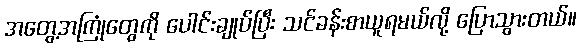
အတွေ့အကြုံတွေကို ပေါင်းချုပ်ပြီး သင်ခန်းစာယူရမယ်လို့ ပြောသွားတယ်။